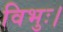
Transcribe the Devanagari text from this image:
विभुः।